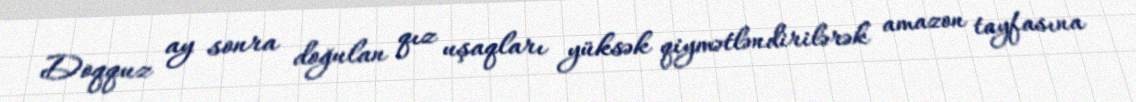
Doqquz ay sonra doğulan qız uşaqları yüksək qiymətləndirilərək amazon tayfasına